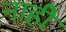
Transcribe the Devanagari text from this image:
नाहीे